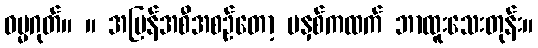
ဓမ္မဂုတ်။ ။ အပြန်အစီအစဉ်တော့ မနှစ်ကထက် ဘာထူးသေးတုန်း။